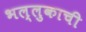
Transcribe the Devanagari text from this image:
भल्लुकाची